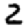
Digit: 2